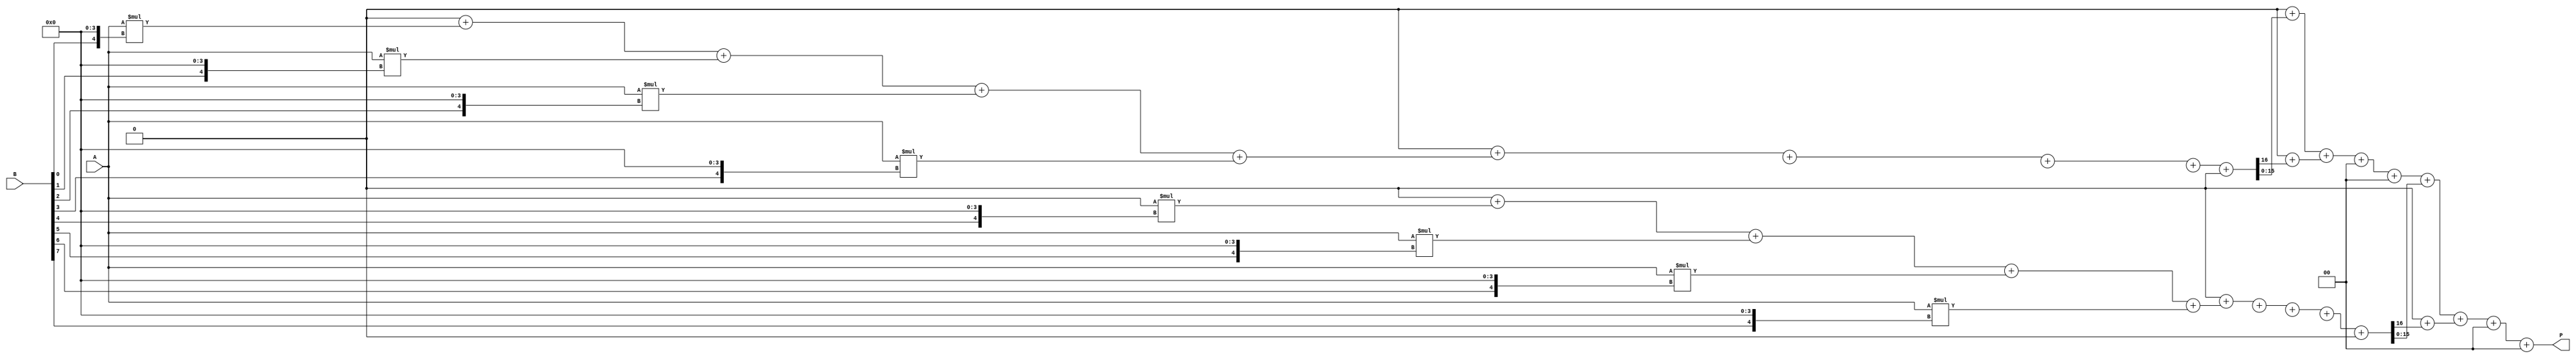
module higher_radix_wallace_tree_multiplier #(parameter N = 8, parameter RADIX = 8) (
    input [N-1:0] A,
    input [N-1:0] B,
    output reg [2*N-1:0] P
);

    // Partial product generation
    reg [2*N-1:0] partial_products [0:N-1];
    integer i, j;

    // Generate partial products based on the radix
    always @(*) begin
        for (i = 0; i < N; i = i + (RADIX/2)) begin
            partial_products[i] = 0;
            for (j = 0; j < (RADIX/2); j = j + 1) begin
                if (i + j < N) begin
                    partial_products[i] = partial_products[i] + (A * {B[i + j], {RADIX/2{1'b0}}});
                end
            end
        end
    end

    // Wallace tree reduction
    reg [2*N-1:0] sum [0:N-1];
    reg [N:0] carry [0:N-1];
    integer k;

    always @(*) begin
        // Initialize sums and carries
        for (k = 0; k < N; k = k + 1) begin
            sum[k] = 0;
            carry[k] = 0;
        end

        // Sum the partial products using Wallace tree structure
        for (i = 0; i < N; i = i + (RADIX/2)) begin
            for (j = 0; j < (RADIX/2); j = j + 1) begin
                if (i + j < N) begin
                    sum[i] = sum[i] + partial_products[i + j];
                end
            end
        end

        // Carry propagation
        for (k = 0; k < N; k = k + 1) begin
            {carry[k+1], sum[k]} = sum[k] + carry[k];
        end
    end

    // Final addition to produce the product
    always @(*) begin
        P = 0;
        for (k = 0; k < N; k = k + 1) begin
            P = P + sum[k];
        end
    end

endmodule